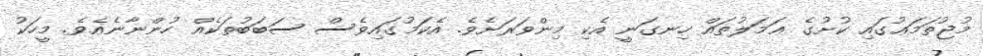
މުޖުތަމަޢުގައި ކުށުގެ ޢަމަލުތައް ހިނގަނީ އެކި މިންވަރަށެވެ. އެކަމުގައިވެސް ސަބަބުތަކެއް ހުންނާނެއެވެ. މީހަކު